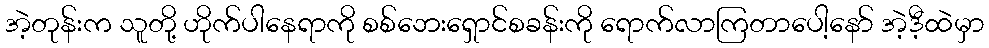
အဲ့တုန်းက သူတို့ ဟိုက်ပါနေရာကို စစ်ဘေးရှောင်စခန်းကို ရောက်လာကြတာပေါ့နော် အဲ့ဒီ့ထဲမှာ